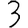
Digit: 3